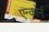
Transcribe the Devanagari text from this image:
एन्कोर्न